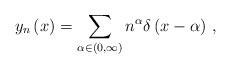
LaTeX: \begin{align*}y_{n}\left( x\right) =\sum_{\alpha\in\left( 0,\infty\right) }n^{\alpha}\delta\left( x-\alpha\right) \,, \end{align*}